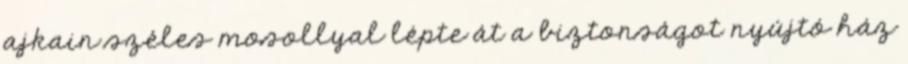
ajkain széles mosollyal lépte át a biztonságot nyújtó ház